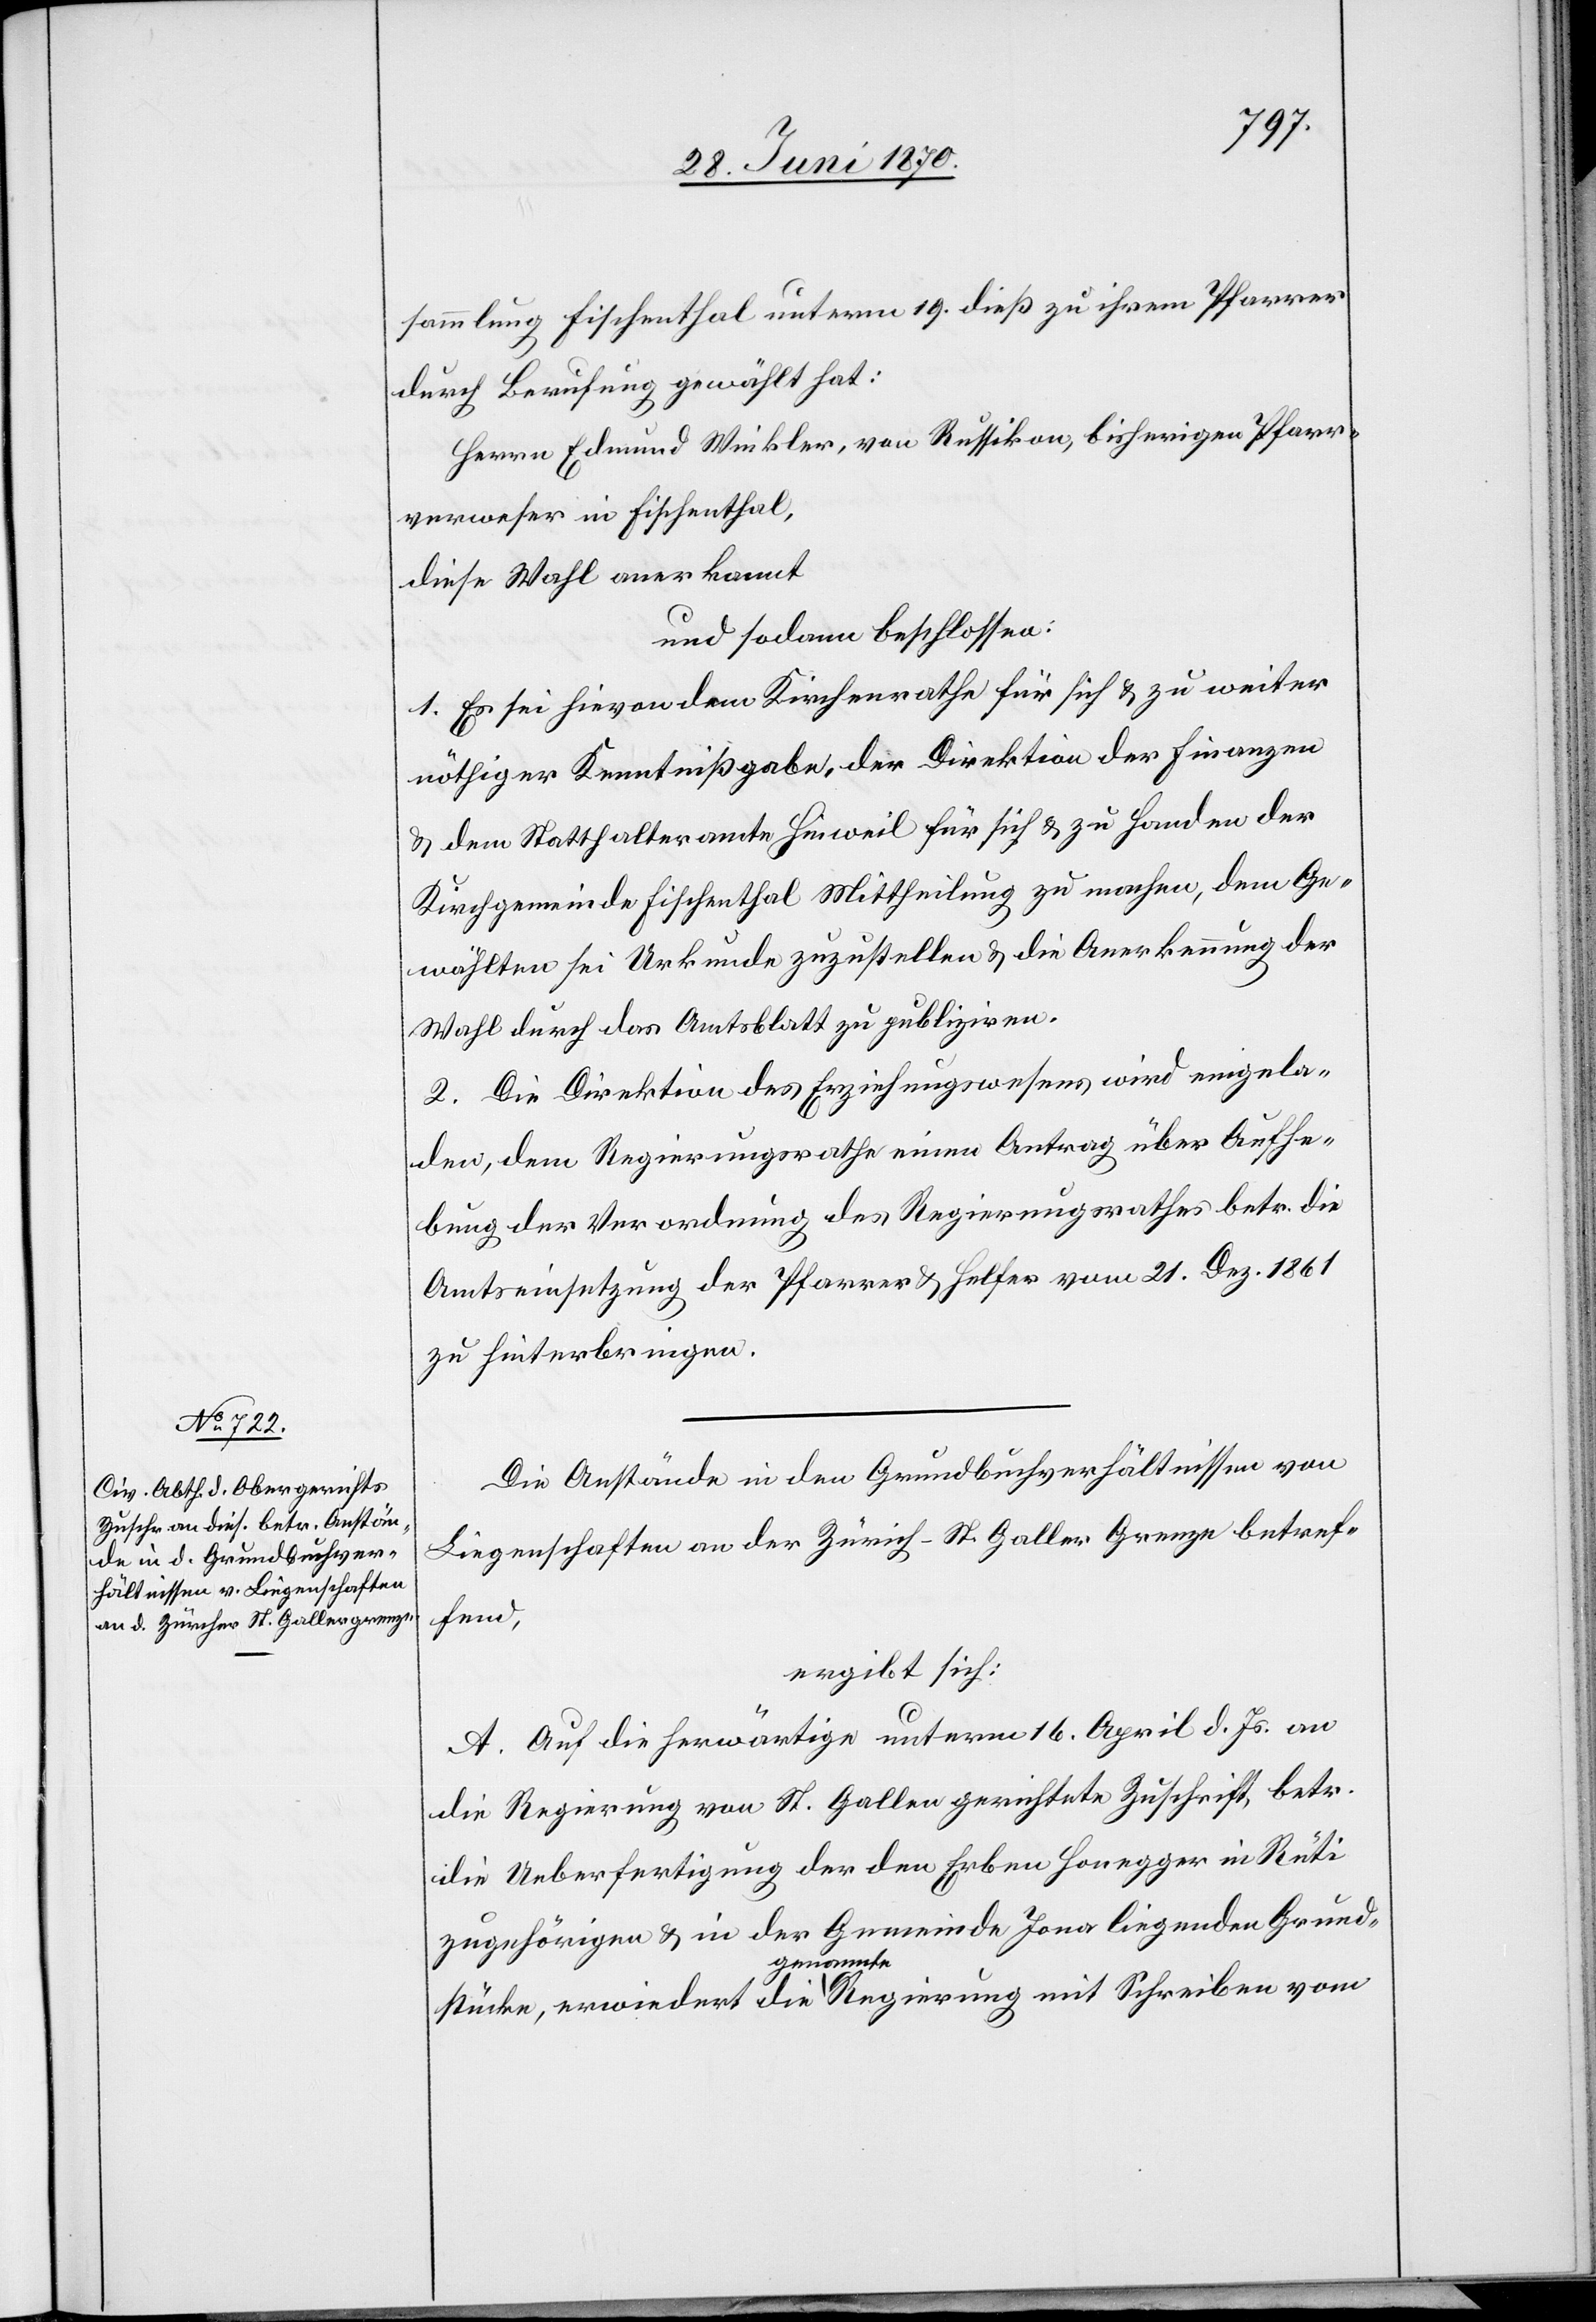
sammlung Fischenthal unterm 19. dieß zu ihrem Pfarrer
durch Berufung gewählt hat:
Herrn Eduard Winkler, von Russikon, bisherigen Pfarr¬
verweser in Fischenthal,
diese Wahl anerkannt
und sodann beschlossen:
1. Es sei hievon dem Kirchenrathe für sich & zu weiter
nöthiger Kenntnißgabe, der Direktion der Finanzen
& dem Statthalteramte Hinweil für sich & zu Handen der
Kirchgemeinde Fischenthal Mittheilung zu machen, dem Ge¬
wählten sei Urkunde zuzustellen & die Anerkennung der
Wahl durch das Amtsblatt zu publiziren.
2. Die Direktion des Erziehungswesens wird eingela¬
den, dem Regierungsrathe einen Antrag über Aufhe¬
bung der Verordnung des Regierungsrathes betr. die
Amtseinsetzung der Pfarrer & Helfer vom 21. Dez. 1861
zu hinterbringen.
Die Anstände in den Grundbuchverhältnissen von
Liegenschaften an der Zürich-St. Galler Grenze betref¬
fend,
ergibt sich:
Auf die herwärtige unterm 16. April l. Js. an
die Regierung von St. Gallen gerichtete Zuschrift betr.
die Ueberfertigung der den Erben Honegger in Rüti
zugehörigen & in der Gemeinde Jona liegenden Grund¬
stücke, erwiedert die genannte Regierung mit Schreiben vom